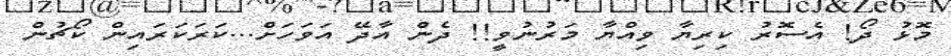
މޮޅު ދޯ! އެސޮރު ކިރިޔާ ވިއްޔާ މަރުނުވީ!! ދެން އާދޭ އަވަހަށް...ކަރަކަރައިން ކޯޗުން